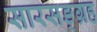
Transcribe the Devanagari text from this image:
सारसङ्ग्रह